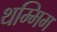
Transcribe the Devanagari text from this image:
थम्मिम